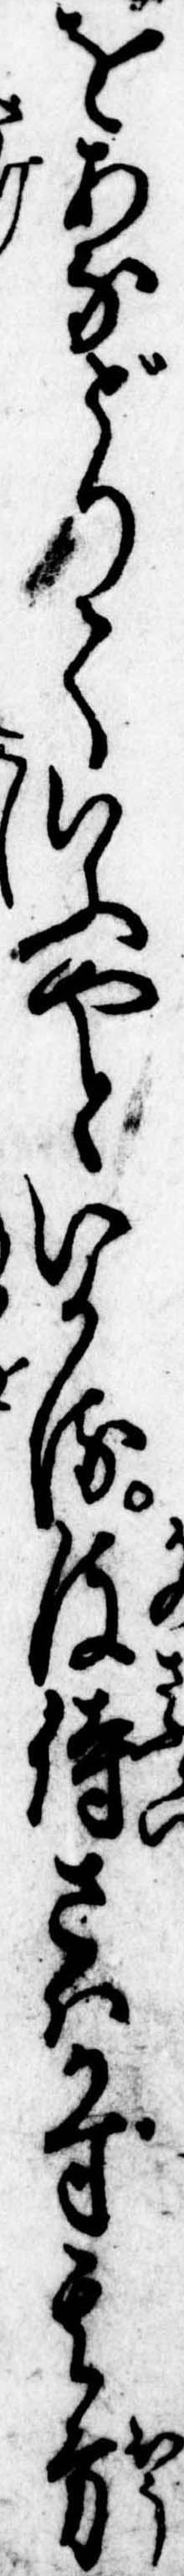
をあなどりていふやといかる彼侍さはかず其方